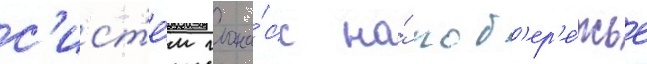
с'ист'е́м глона́сс на́ поб'ер'е́жье